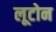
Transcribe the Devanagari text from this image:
लूटोन